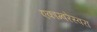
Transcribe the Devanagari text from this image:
एकाम्बरेस्वरा